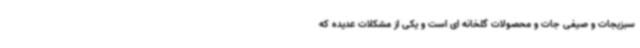
سبزیجات و صیفی جات و محصولات گلخانه ای است و یکی از مشکلات عدیده که